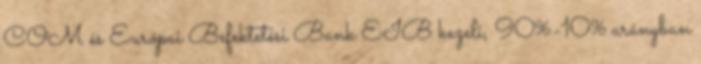
COM és Európai Befektetési Bank EIB kezeli, 90%-10% arányban